Report on vaccination in the Province of Bengal - 1874-1889
Year: 1874
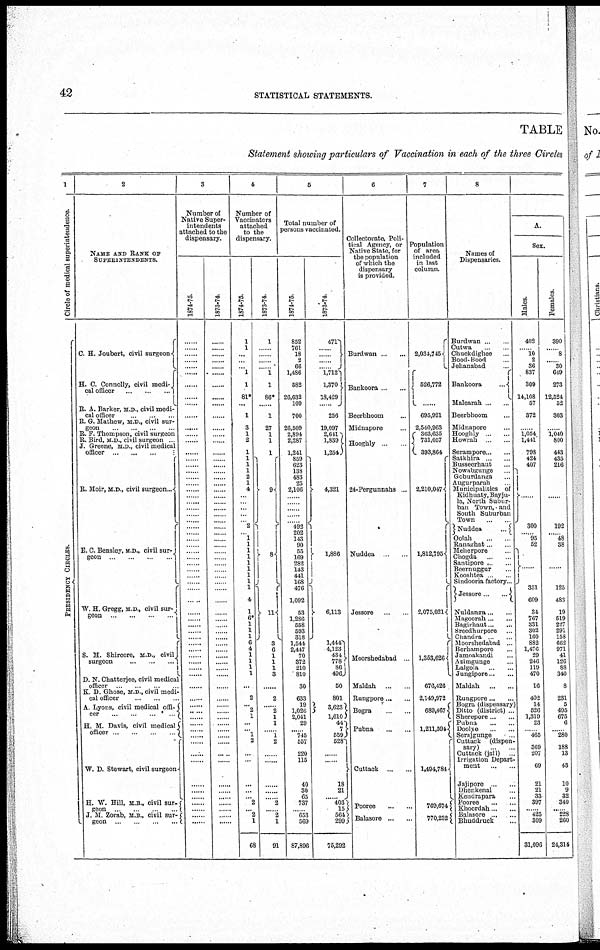
42
STATISTICAL STATEMENTS.
TABLE
Statement showing particulars of Vaccination in each of the three Circles
1
Circle of medical superintendence.
PRESIDENCY CIRCLES.
2
NAME AND RANK OF
SUPERINTENDENTS.
C. H. Joubert, civil surgeons
H. C. Connolly, civil medi¬
cal officer
...
...
...
R. A. Barker, M.D., civil medi-
cal officer ... ...
E. G. Mathew, M.D., civil sur-
geon
...
...
...
...
R. F. Thompson, civil surgeon
R. Bird, M.D., civil surgeon
J. Greene, M.D., civil medical
officer...
...
...
R. Moir, M. D , civil surgeon...
E. C. Bensley, M. D., civil sur-
geon
...
...
...
...
W. H. Gregg, M.D., civil sur-
geon
...
...
...
...
S. M. Shircore, M.D., civil
surgeon
...
...
...
D. N. Chatterjee, civil medical
officer
...
...
K. D. Ghose, M.D., civil medi-
cal officer ... ... ...
A. Lyons, civil medical offi¬
cer ... ... ... ...
H. M. Davis, civil medical
officer...
...
...
...
W. D. Stewart, civil surgeon
H. W. Hill, M.B., civil sur-
geon ... ...
J. M. Zorab, M.B., civil sur¬
geon ... ... ... ... ...
3
Number of
Native Super-
intendents
attached to the
dispensary.
1874-75.
......
......
......
......
......
......
......
......
......
......
......
......
......
......
......
...... ......
......
...... ......
...... ......
...... ......
......
......
...... ......
......
......
......
......
......
......
......
......
......
......
......
......
......
......
......
......
......
......
......
......
......
......
......
......
......
......
......
......
...... ......
......
......
1873-74.
......
...... ......
......
......
......
......
......
......
......
......
......
....
....
....
.... .....
...
...... ......
...... ......
...... ......
......
......
...... ......
......
......
......
......
......
......
......
......
......
......
......
......
......
......
......
......
......
......
......
......
......
......
......
......
......
......
......
......
......
....
......
...... ......
...
......
......
......
4
Number of
Vaccinators
attached
to the
dispensary.
1874-75.
1
1
...
...
... 1
1
81*
...
1
3
1
2
1
1
1
1
2
1
4
... ...
...
...
... 2
... 1
1
1
1
1
1
1
1
1
4
1
6*
1
1
1
6
4
1
1
1
1
...
2
... 2
1
......
...... 1
2
...
...
......
...... ...... 2
... 2
1
68
1873-74.
1
... ...
...
... 1
1
86*
......
1
27
1
1
1
9
8
11
3
6
1
1
1
3
......
2
...... 2
1
1
... 1
2
......
......
...
... ... 2
... 2
1
91
5
Total number of
persons vaccinated.
1874-75.
852
761
18
2
66
1,486
582
26,632
109
700
26,509
2,894
2,287
1,241
859
623
138
483
25
2,106
...... ......
......
......
...... 492
202
143
90
55
169
282
143
441
168
476
1,092
53
1,286
558
593
318
1,544
2,447
70
372
210
810
30
633
19
1,026
2,041
29
...... 745
557
220
115
40
30
65
737
...... 653
569
87,896
1873-74.
471
....
......
......
... 1,712
1,370
18,429
256
19,097
2,641
1,839
1,254
4,321
1,886
6,113
1,444
4,123
434
778
86
496
50
801
3,623
1,610
44
7
559
528
......
18
21
...... 403
15
564
299
75,292
6
Collectorate, Poli-
tical Agency, or
Native State, for
the population
of which the
dispensary
is provided.
Burdwan ... ...
Bankoora ... ...
Beerbhoom ...
Midnapore ...
Hooghly .. ...
24-Pergunnahs ...
Nuddea ...
Jessore
...
...
Moorshedabad ...
Maldah ... ...
Rungpore ... ...
Bogra ... ...
Pubna
Cuttack ... ...
Pooree
...
...
Balasore ... ...
7
Population
of area
included
in last
column.
2,034,745
526,772
695,921
2,540,963
363,635
731,057
393,864
2,210,047
1,812,795
2,075,021
1,353,626
676,426
2,149,972
689,467
1,211,594
1,494,784
769,674
770,232
8
Names of
Dispensaries.
Burdwan ... ...
Cutwa ... ...
Chuckdighee ...
Bood-Bood ...
Jehanabad ...
Bankoora
...
Malearah ... ...
Beerbhoom ...
Midnapore ...
Hooghly ...
Howrah ...
Serampore ... ...
Satkhira ... ...
Busseerhaut ...
Nowabsunge ...
Goburdanga ...
Augurparah ...
Municipalities of
Kidhuaty, Bayju¬
la, North Subur¬
ban Town, and
South Suburban
Town
Nuddea
...
Oolah ... ...
Ranaghat ... ...
Meherpore ...
Chogda ... ...
Santipore ... ...
Beernuggur ...
Kooshtea ...
Sindooria factory...
Jessore...
...
Nuldanga ... ...
Magoorah ... ...
Bagirhaut ... ...
Sreedhurpore ...
Chandra ...
Moorshedabad ...
Berhampore ...
Jamoakandi ...
Azimgunge ...
Lalgola
...
...
Jungipore ... ...
Maldah
...
...
Rungpore ... ...
Bora(dispensary)
Ditto(district) ...
Sherepore...
...
Pubna
...
...
Doolye ... ...
Serajgunge ...
Cuttack (dispen-
sary) ... ...
Cuttack (jail) ...
Irrigation Depart-
ment ... ...
Jajipore ... ...
Dhenkenal ...
Kendrapara ...
Pooree
...
...
Khoordah ... ...
Balasore ... ...
Bhuddruck ...
A.
Sex.
Males.
402
... 10
2
36
837
309
14,108
57
372
......
1,054
1,441
798
424
407
...
300
... 95
52
...
351
609
34
767
331
302
160
882
1,476
29
246
119
470
16
402
14
526
1,319
23
... 465
369
207
69
21
21
33
397
...... 425
309
31,096
Females.
390
... 8
...... 30
649
273
12,524
52
303
......
1,040
800
443
435
216
......
192
...... 48
38
......
125
483
19
519
227
291
158
662
971
41
126
88
340
8
231
5
495
675
6
... 280
188
13
43
10
9
32
340
... 228
260
24,314